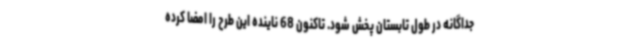
جداگانه در طول تابستان پخش شود. تاکنون 68 ناینده این طرح را امضا کرده